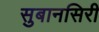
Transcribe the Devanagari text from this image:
सुबानसिरी